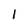
Character: 1